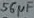
Text: 56µf